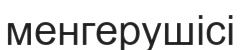
менгерушісі